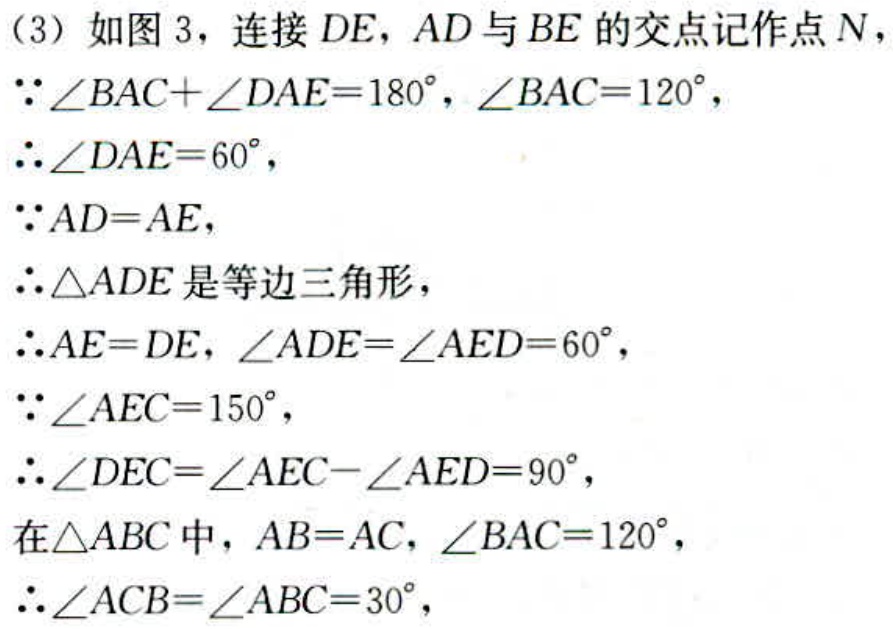
（3）如图 3，连接 \(DE\)，\(AD\) 与 \(BE\) 的交点记作点 \(N\)，
\(\because\angle BAC + \angle DAE = 180^{\circ}\)，\(\angle BAC = 120^{\circ}\)，
\(\therefore\angle DAE = 60^{\circ}\)，
\(\because AD = AE\)，
\(\therefore\triangle ADE\) 是等边三角形，
\(\therefore AE = DE\)，\(\angle ADE=\angle AED = 60^{\circ}\)，
\(\because\angle AEC = 150^{\circ}\)，
\(\therefore\angle DEC=\angle AEC - \angle AED = 90^{\circ}\)，
在\(\triangle ABC\) 中，\(AB = AC\)，\(\angle BAC = 120^{\circ}\)，
\(\therefore\angle ACB=\angle ABC = 30^{\circ}\)，